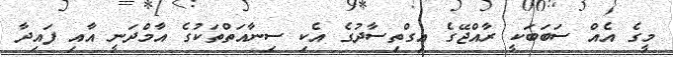
މީގެ އެއް ސަބަބަކީ ރާއްޖޭގެ އިގްތިސާދުގެ އެކި ސިނާއަތްތަކުގެ އާމްދަނީ އާއި ފައިދާ